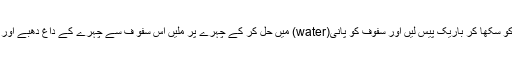
5-سنگترے کے چھلکوں کو سکھا کر باریک پیس لیں اور سفوف کو پانی(water) میں حل کر کے چہرے پر ملیں اس سفو ف سے چہرے کے داغ دھبے اور پھنسیاں دور ہو جائیں گی۔